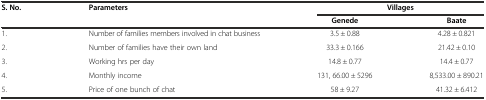
<table><thead><tr><td rowspan="2"><b>S. No.</b></td><td rowspan="2"><b>Parameters</b></td><td colspan="2"><b>Villages</b></td></tr><tr><td><b>Genede</b></td><td><b>Baate</b></td></tr></thead><tbody><tr><td>1.</td><td>Number of families members involved in chat business</td><td>3.5 ± 0.88</td><td>4.28 ± 0.821</td></tr><tr><td>2.</td><td>Number of families have their own land</td><td>33.3 ± 0.166</td><td>21.42 ± 0.10</td></tr><tr><td>3.</td><td>Working hrs per day</td><td>14.8 ± 0.77</td><td>14.4 ± 0.77</td></tr><tr><td>4.</td><td>Monthly income</td><td>131, 66.00 ± 5296</td><td>8,533.00 ± 890.21</td></tr><tr><td>5.</td><td>Price of one bunch of chat</td><td>58 ± 9.27</td><td>41.32 ± 6.412</td></tr></tbody></table>